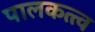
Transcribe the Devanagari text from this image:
पालकत्त्व